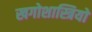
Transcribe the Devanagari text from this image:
खगोशास्त्रियों